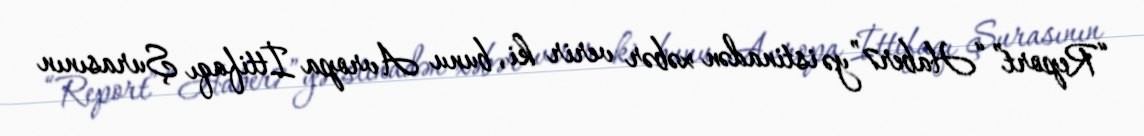
“Report” “Haber7”yə istinadən xəbər verir ki, bunu Avropa İttifaqı Şurasının